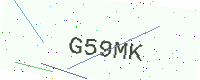
Text: G59MK